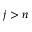
j > n